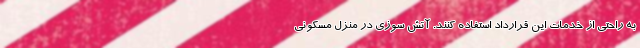
به راحتی از خدمات این قرارداد استفاده کنند. آتش سوزی در منزل مسکونی